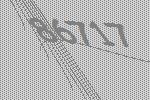
86717